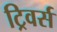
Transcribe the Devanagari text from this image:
ट्रिवर्स